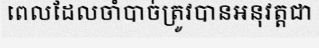
ពេលដែលចាំបាច់ត្រូវបានអនុវត្តជា